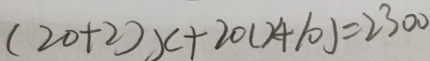
( 2 0 + 2 ) x + 2 0 ( x + 1 0 ) = 2 3 0 0